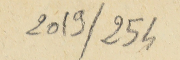
2019/254